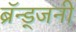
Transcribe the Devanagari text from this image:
ब्रॅन्ड्जनी